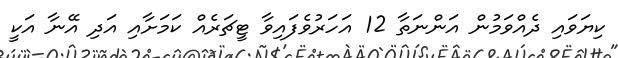
ކިޔަވައި ދެއްވަމުން އަންނަތާ 12 އަހަރުވެފައިވާ ޓީޗަރެއް ކަމަށާއި އަދި އޭނާ އަކީ